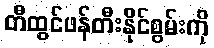
တီထွင်ဖန်တီးနိုင်စွမ်းကို